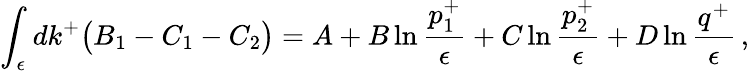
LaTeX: \int_{\epsilon}dk^{+}\big(B_{1}-C_{1}-C_{2}\big)=A+B\ln{\frac{p_{1}^{+}}{\epsilon}}+C\ln{\frac{p_{2}^{+}}{\epsilon}}+D\ln{\frac{q^{+}}{\epsilon}}\, ,